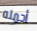
أحمله